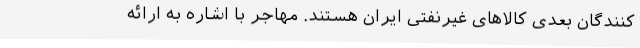
کنندگان بعدی کالاهای غیرنفتی ایران هستند. مهاجر با اشاره به ارائه